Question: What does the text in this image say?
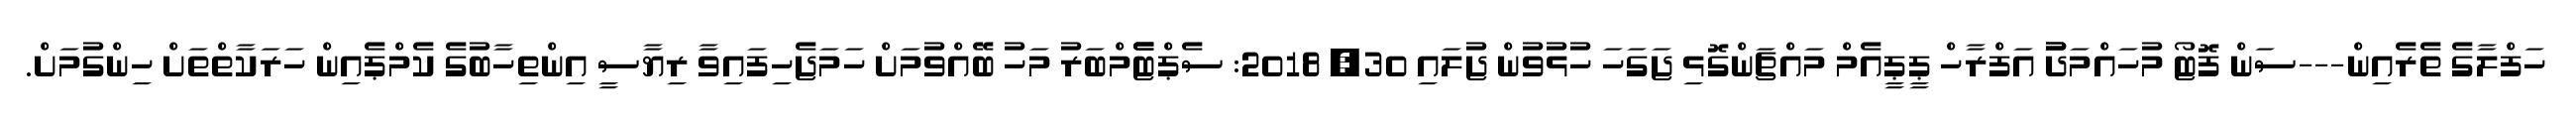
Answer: ހަފްލާގެ ތެރެއިން---ސަން ފޮޓޯ މުހައްމަދުު އަފްރާހް ޕީޕީއެމް މައްޗަންގޮޅި ޖަގަހަ ހުޅުވުން ޖުލައި 30, 2018: ސެޕްޓެެމްބަރު މަހު ބޭއްވުމަށް ހަމަޖެހިފައިވާ ރިޔާސީ އިންތިހާބުގެ ކެމްޕެއިން ހަރަކާތްތަށް ހިންގުމަށް.